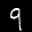
Label: 9